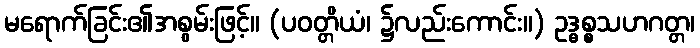
မရောက်ခြင်း၏အစွမ်းဖြင့်။ (ပဝတ္တိယံ၊ ၌လည်းကောင်း။) ဥဒ္ဓစ္စသဟဂတ္တ၊